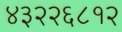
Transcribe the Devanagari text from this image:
४३२२६८१२